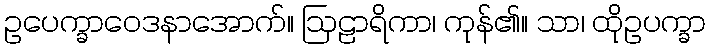
ဥပေက္ခာဝေဒနာအောက်။ ဩဠာရိကာ၊ ကုန်၏။ သာ၊ ထိုဥပက္ခာ